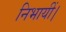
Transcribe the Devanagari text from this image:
निभायीं।